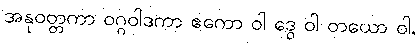
အနုဝတ္တကာ ဝဂ္ဂဝါဒကာ ဧကော ဝါ ဒွေ ဝါ တယော ဝါ,